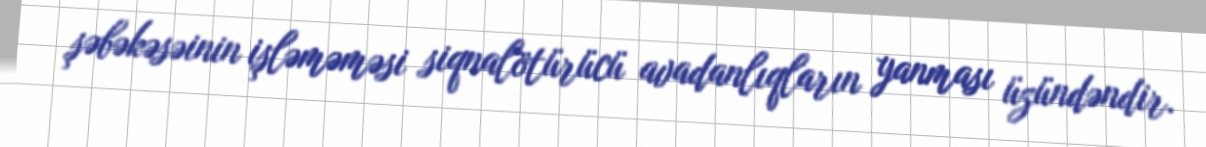
şəbəkəsəinin işləməməsi siqnalötürücü avadanlıqların yanması üzündəndir.